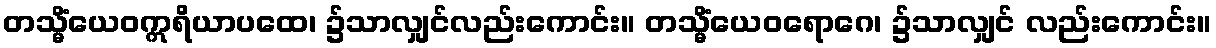
တသ္မိံယေဝဣရိယာပထေ၊ ၌သာလျှင်လည်းကောင်း။ တသ္မိံယေဝရောဂေ၊ ၌သာလျှင် လည်းကောင်း။